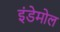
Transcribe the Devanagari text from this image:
इंडेमोल